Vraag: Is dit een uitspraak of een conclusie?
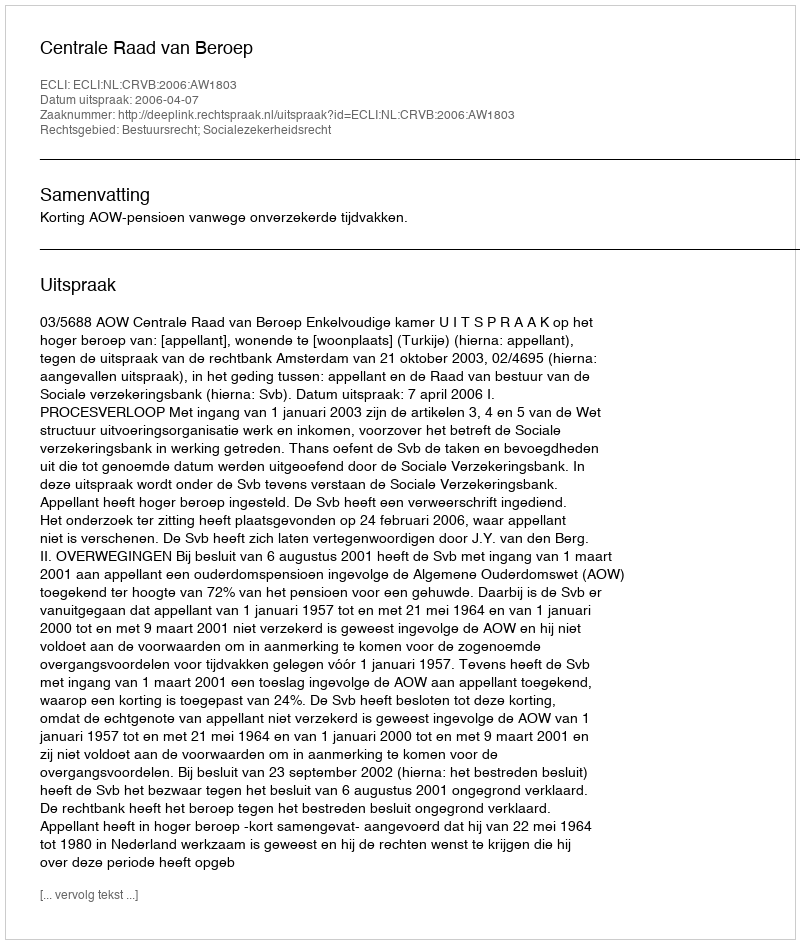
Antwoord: Uitspraak